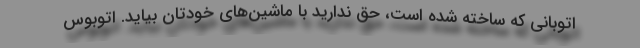
اتوبانی که ساخته شده است، حق ندارید با ماشین‌های خودتان بیاید. اتوبوس